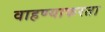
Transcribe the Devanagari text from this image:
वाहण्याकरता